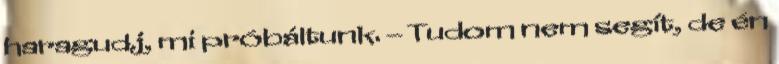
haragudj, mi próbáltunk. – Tudom nem segít, de én